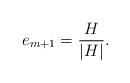
\begin{align*}e_{m+1}=\frac{H}{\left|H\right|}.\end{align*}